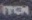
ITCH